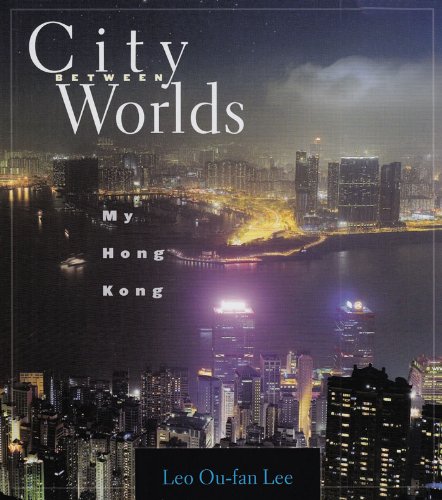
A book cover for City Between Worlds: My Hong Kong; Leo Ou-fan Lee; History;